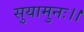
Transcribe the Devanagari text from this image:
सुयामुनः।।